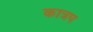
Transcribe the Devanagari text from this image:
कात्रप